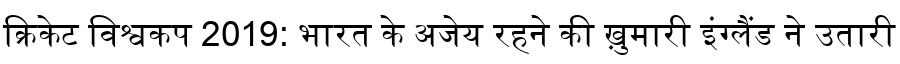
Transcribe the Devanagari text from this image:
क्रिकेट विश्वकप 2019: भारत के अजेय रहने की ख़ुमारी इंग्लैंड ने उतारी